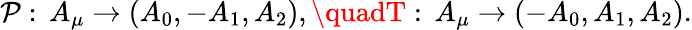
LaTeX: \mathcal{P}:\, A_{\mu}\rightarrow(A_{0},-A_{1},A_{2}),\quadT:\, A_{\mu}\rightarrow(-A_{0},A_{1},A_{2}).